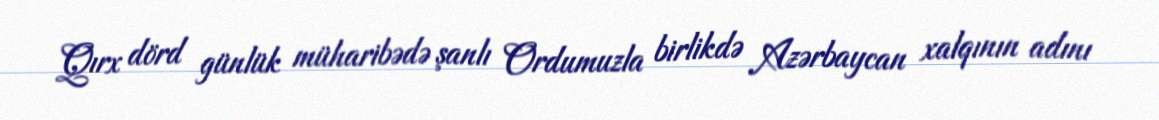
Qırx dörd günlük müharibədə şanlı Ordumuzla birlikdə Azərbaycan xalqının adını